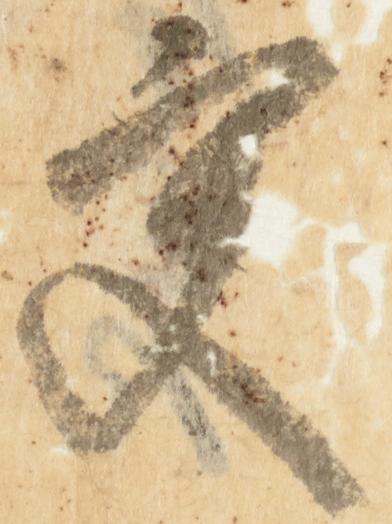
更